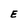
Character: E